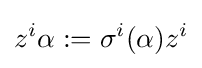
z^{i}\alpha :=\sigma ^{i}(\alpha )z^{i}